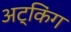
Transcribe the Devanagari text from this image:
अट्किंग